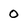
Character: 0